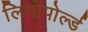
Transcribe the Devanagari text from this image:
लियोपोर्ल्ड